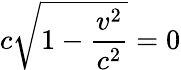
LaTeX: c\sqrt{1-\frac{v^{2}}{c^{2}}}=0